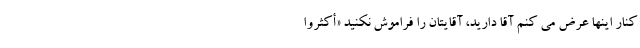
کنار اینها عرض می کنم آقا دارید، آقایتان را فراموش نکنید «أَکْثِرُوا